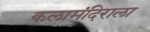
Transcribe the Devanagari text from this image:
कलामंदिराला